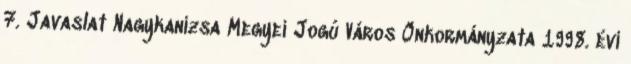
7. Javaslat Nagykanizsa Megyei Jogú Város Önkormányzata 1998. évi